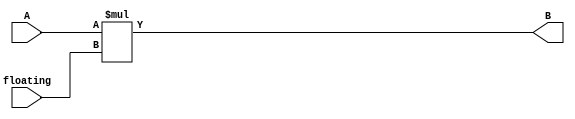
`timescale 1ns / 1ps
//////////////////////////////////////////////////////////////////////////////////
// Company: 
// Engineer: 
// 
// Design Name: 
// Module Name:    mixer_pixel 
// Project Name: 
// Target Devices: 
// Tool versions: 
// Description: 
//
// Dependencies: 
//
// Revision: 
// Revision 0.01 - File Created
// Additional Comments: 
//
//////////////////////////////////////////////////////////////////////////////////
module mixer_pixel(
		input 	signed [7:0] 	A,
		input		signed [7:0]		floating,
		//input		clk,
		output 	signed [7:0]	B
    );
	 assign 	B = A*floating;
	 wire 	[15:0]	result;
	 /*mixer_fp fpmix1 (
		.a(A), // input [15 : 0] a
		.b(floating), // input [15 : 0] b
		.clk(clk), // input clk
		.result(result) // output [15 : 0] result
		);
	mixer_fptofx floattofix (
		.a(result), // input [15 : 0] a
		.clk(clk), // input clk
		.result(B) // output [7 : 0] result
		);*/
endmodule